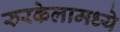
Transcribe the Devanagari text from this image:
रुरकेलामध्ये